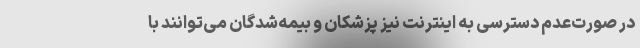
در صورت‌عدم دسترسی به اینترنت نیز پزشکان و بیمه‌شدگان می‌توانند با